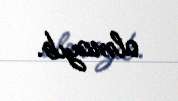
olmayıb.